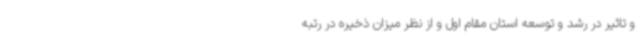
و تاثیر در رشد و توسعه استان مقام اول و از نظر میزان ذخیره در رتبه